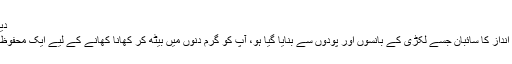
دیہی پودوں کے ساتھ
ایک چھوٹا سا دیہی اندازِ کا سائبان جسے لکڑی کے بانسوں اور پودوں سے بنایا گیا ہو، آپ کو گرم دنوں میں بیٹھ کر كھانا کھانے کے لیے ایک محفوظ جگہ مہیا کرے گا۔